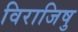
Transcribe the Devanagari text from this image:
विराजिषु